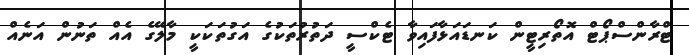
ޓްރާންސްޕޯޓް އޮތޯރިޓީން ކަނޑައަޅާފައިވާ ޓެކްސީ ދަތުރުތަކުގެ އަގުތަކަކީ މާލޭގެ އެއް ތަނުން އަނެއް